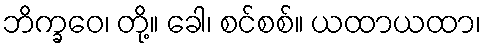
ဘိက္ခဝေ၊ တို့။ ခေါ၊ စင်စစ်။ ယထာယထာ၊